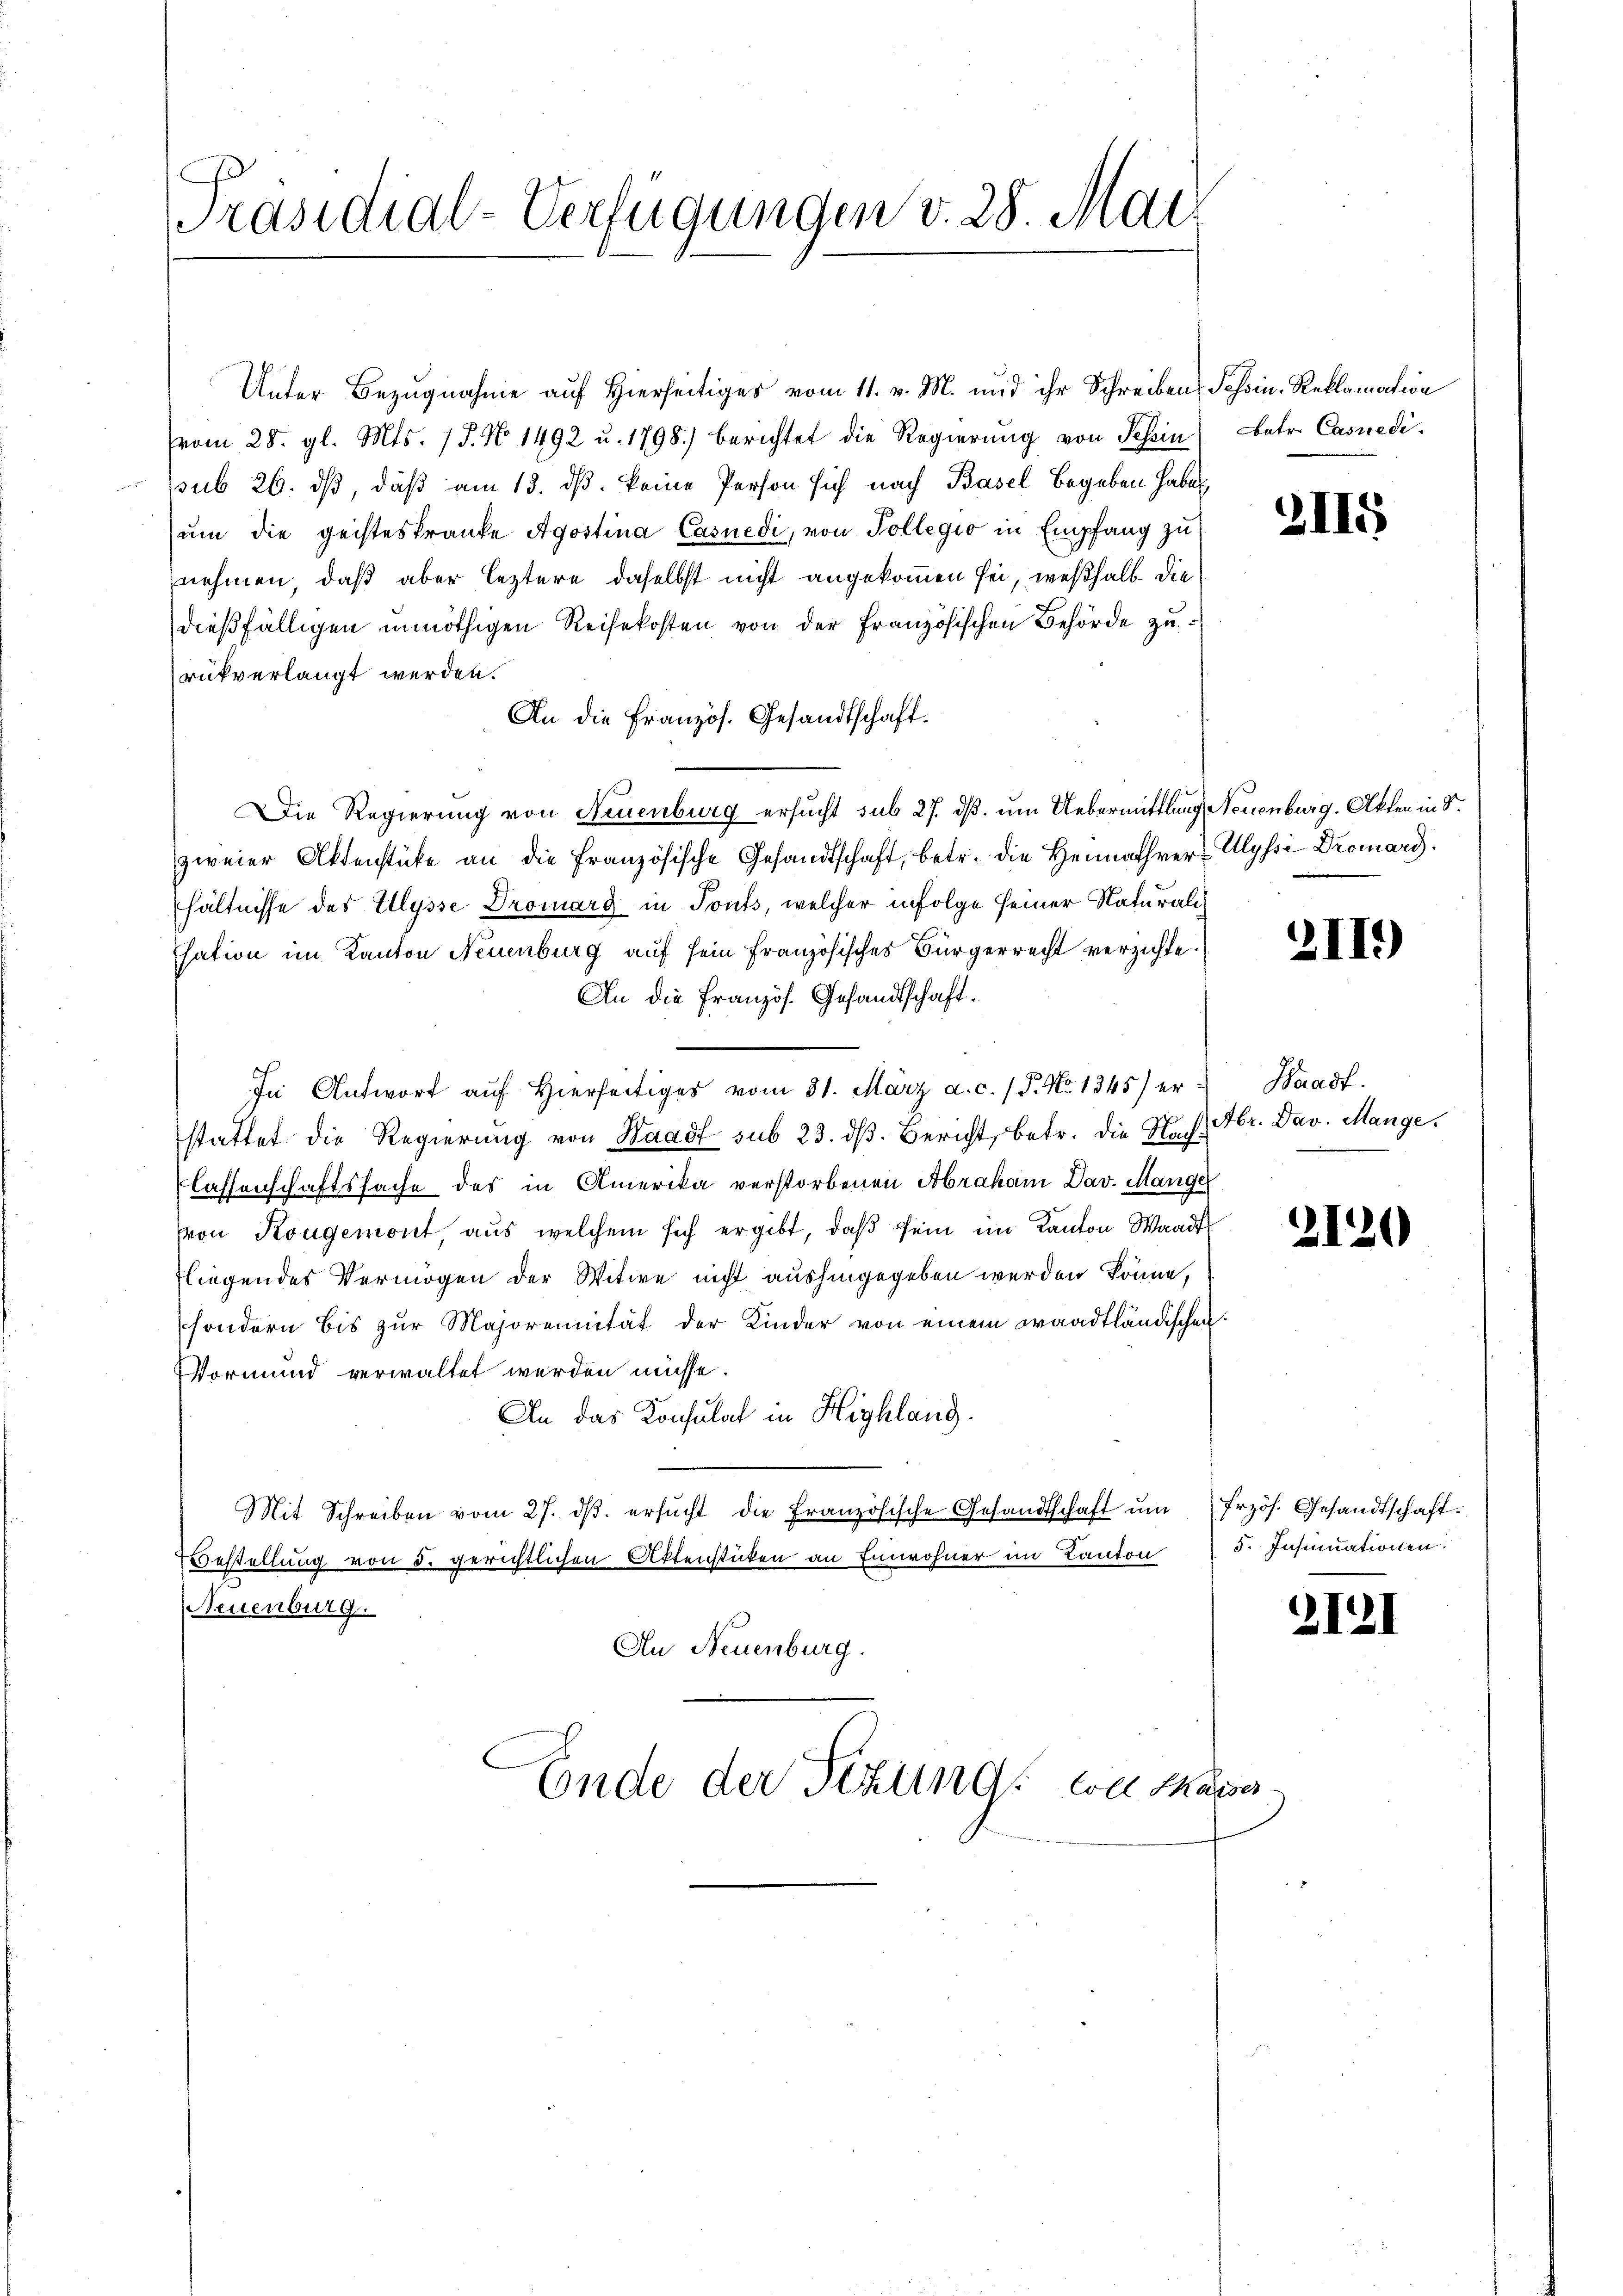
Präsidial-Verfügungen v. 28. Mai

Unter Bezugnahme auf Hierseitiger vom 11. v. M. und ihr Schreiben Schöin-Reklamation
vom 28. gl. Mts. 15. No 1492 u. 1798.) berichtet die Regierŭng von Tessin Natr. Casnedisub 26. ds, daß am 13. ds. keine Person sich nach Basel begeben haben
um die geisteskranke Agostina Casnedi, von Pollegio in Empfang zu
nehmen, daß aber leztere daselbst nicht angekommen sei, weßhalb die
dießfälligen unnöthigen Reisekosten von der Französischen Behörde zurükverlangt werden.
An die Französ. Gesandtschaft.
Die Regierung von Neuenburg ersucht sub 27. dß. um Uebermittlung, Neuenburg. Akten in S.
zweier Aktenstücke an die französische Gesandtschaft, betr. die Heimathrer-Ulyssi Dromard.
hältnisse des Ulysse Dromarg in Touts, welcher infolge seiner Naturali¬
Esation im Kanton Neuenburg auf sein französisches Bürgerrecht verzichte.
An die Französ. Gesandtschaft.
In Antwort aŭf hierseitiges vom 31. März a. c. (T. No 1345) er Waadt.
stattet die Regierŭng von Waadt sub 23. dβ. Bericht, betr. die Hast br. Dav. Mange
lassenschaftssache des in Amerika verstorbenen Abraham Dav. Mange
von Kongemont, aus welchem sich ergibt, daβ sein im Kanton Waadt
Fliegendes Vermögen der Witwe nicht aushingegeben werden könne,
sondern bis zur Majorennität der Kinder von einem waadtländischen
VVormund verwaltet werden müsse.
An das Konsulat in Highlang¬
Mit Schreiben vom 27. dβ. ersŭcht die französische Gesandtschaft ŭm frzös. Gesandtschaft.
Bestellung von 5. gerichtlichen Aktenstücken an Einwohner im Kanton
Neuenburg.
An Neuenburg.

Ende der Textings coll Marse

2115

2II.)

2120

5. Insinuationen

II